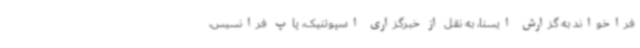
فراخواند به گزارش ایسنا، به نقل از خبرگزاری اسپوتنیک، پاپ فرانسیس،